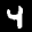
Label: 4